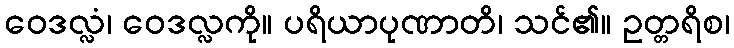
ဝေဒလ္လံ၊ ဝေဒလ္လကို။ ပရိယာပုဏာတိ၊ သင်၏။ ဥတ္တရိစ၊